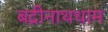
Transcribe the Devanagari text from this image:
बद्रीनाथधाम